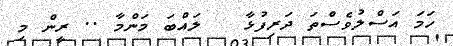
ހަމަ އަސްލުވެސްތަ ދަރިފުޅާ   ލައްބަ މަންމާ .. ރީން މި